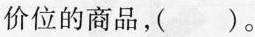
价位的商品，( )。